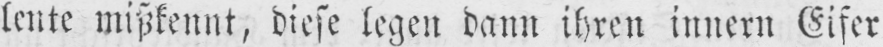
lente mißkennt, diese legen dann ihren innern Eifer